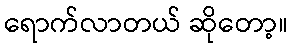
ရောက်လာတယ် ဆိုတော့။